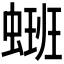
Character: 𫋑